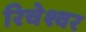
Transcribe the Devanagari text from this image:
रिचेश्वर